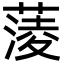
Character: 蔆